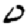
Digit: 0